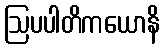
ဩပပါတိကယောနိ